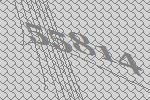
55814